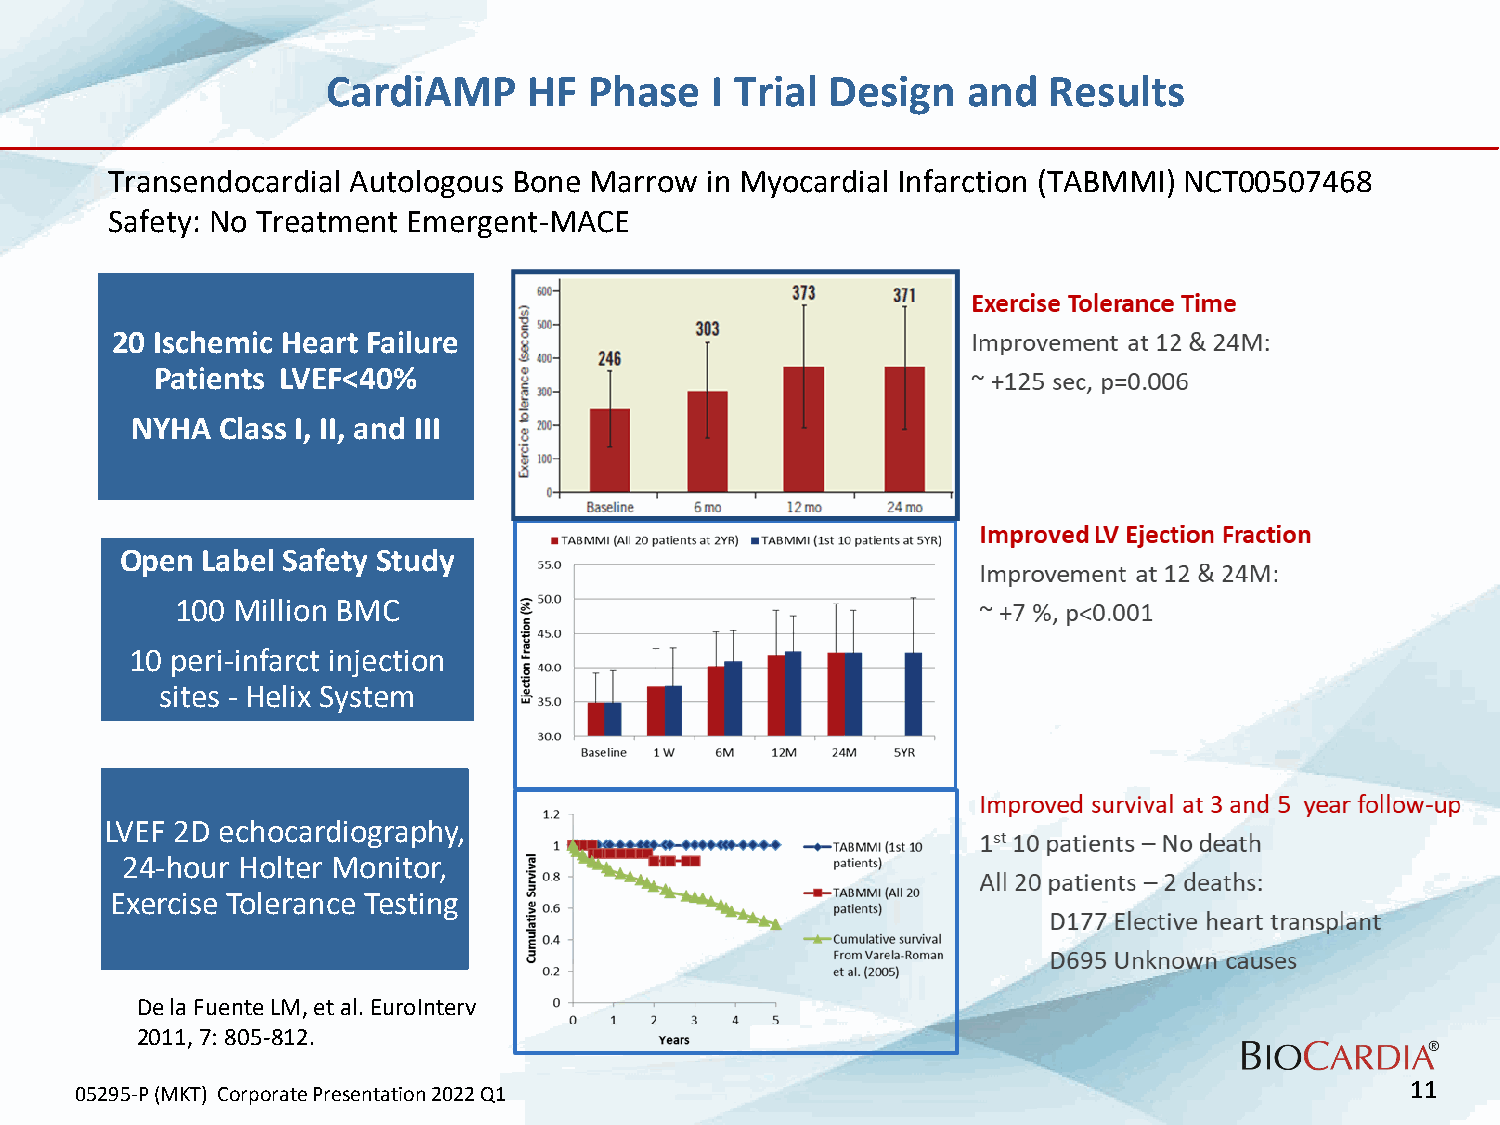
CardiAMP     HF  Phase   I Trial Design   and  Results
 Transendocardial Autologous Bone Marrow in Myocardial Infarction (TABMMI) NCT00507468
 Safety: No Treatment Emergent-MACE
 20 Ischemic Heart Failure
 Patients LVEF<40%
 NYHA  Class I, II, and III
 Open Label Safety Study
 100 Million BMC
 10 peri-infarct injection
 sites - Helix System
 LVEF 2D echocardiography,
 24-hour Holter Monitor,
 Exercise Tolerance Testing
 De la Fuente LM, et al. EuroInterv
 2011, 7: 805-812.
 11
 05295-P (MKT) Corporate Presentation 2022 Q1